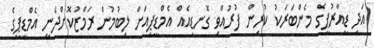
އަދި ޑީއާރުޕީގެ މެންބަރަކު ކުރިން ފުރުއްވި ގޮނޑިއެއް އެމްޑީޕީއަށް ލިބުމުން ރަމްޒުކޮށްދެނީ އެމްޑީޕީގެ